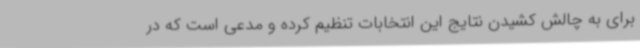
برای به چالش کشیدن نتایج این انتخابات تنظیم کرده و مدعی است که در